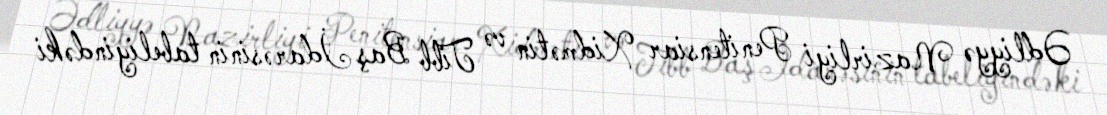
Ədliyyə Nazirliyi Penitensiar Xidmətin və Tibb Baş İdarəsinin tabeliyindəki